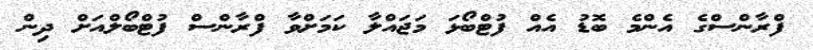
ފްރާންސްގެ އެންމެ ބޮޑު އެއް ފުޓްބޯޅަ މަޖައްލާ ކަމަށްވާ ފްރާންސް ފުޓްބޯލްއަށް ދިން